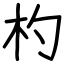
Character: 杓